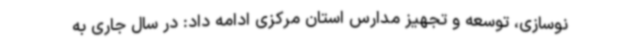
نوسازی، توسعه و تجهیز مدارس استان مرکزی ادامه داد: در سال جاری به